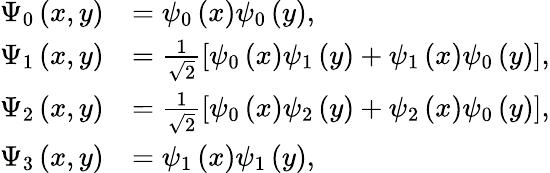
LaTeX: \begin{array}{rl}{\Psi_{0}\left(x,y\right)}&{=\psi_{0}\left(x\right)\psi_{0}\left(y\right),}\\ {\Psi_{1}\left(x,y\right)}&{=\frac{1}{\sqrt{2}}\left[\psi_{0}\left(x\right)\psi_{1}\left(y\right)+\psi_{1}\left(x\right)\psi_{0}\left(y\right)\right],}\\ {\Psi_{2}\left(x,y\right)}&{=\frac{1}{\sqrt{2}}\left[\psi_{0}\left(x\right)\psi_{2}\left(y\right)+\psi_{2}\left(x\right)\psi_{0}\left(y\right)\right],}\\ {\Psi_{3}\left(x,y\right)}&{=\psi_{1}\left(x\right)\psi_{1}\left(y\right),}\end{array}